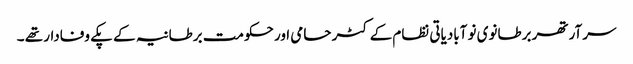
سر آرتھر برطانوی نو آبادیاتی نظام کے کٹر حامی اور حکومت برطانیہ کے پکے وفادار تھے ۔